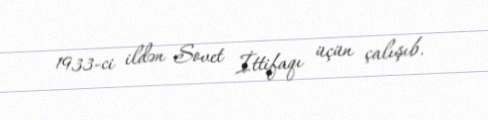
1933-ci ildən Sovet İttifaqı üçün çalışıb.